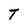
Character: T